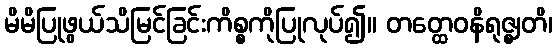
မိမိပြုဖွယ်သိမြင်ခြင်းကိစ္စကိုပြုလုပ်၍။ တတ္ထေဝနိရုဇ္ဈတိ၊